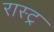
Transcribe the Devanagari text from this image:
रास्ट्र